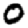
Digit: 0